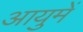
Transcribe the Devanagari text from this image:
आयुमें